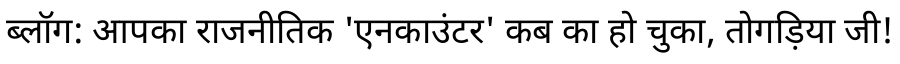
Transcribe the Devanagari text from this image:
ब्लॉग: आपका राजनीतिक 'एनकाउंटर' कब का हो चुका, तोगड़िया जी!